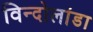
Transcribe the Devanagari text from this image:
विन्दोलांडा